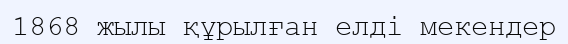
1868 жылы құрылған елді мекендер